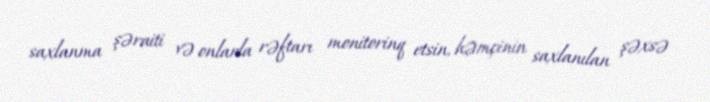
saxlanma şəraiti və onlarla rəftarı monitorinq etsin, həmçinin saxlanılan şəxsə